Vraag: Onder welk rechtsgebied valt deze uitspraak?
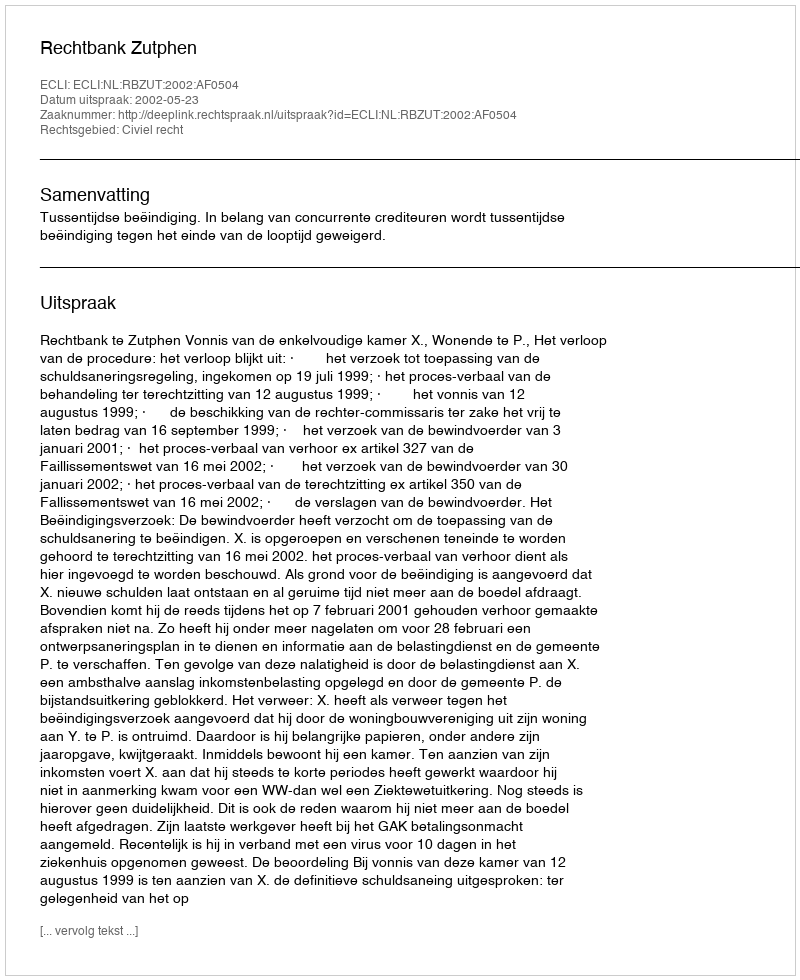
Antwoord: Civiel recht